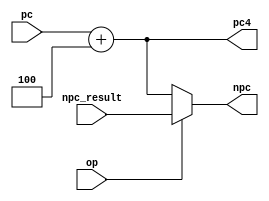
module NPC (
    input wire op,
    input wire [31:0] pc,
    input wire [31:0] npc_result,
    output wire [31:0] npc,
    output wire [31:0] pc4
);

assign pc4 = pc + 4;

//op=1һַָѡpc+immrd1+immpc+imm
assign npc = op ? npc_result : pc4;

endmodule